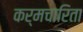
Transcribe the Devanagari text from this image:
कर्मचारिता